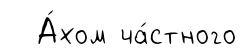
А́хом ча́стного